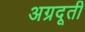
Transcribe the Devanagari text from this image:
अग्रदूती